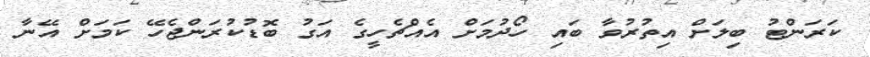
ކަރަންޓު ބިލަށް އިތުރުވާ ބައި ހޯދުމަށް އެއްޗެހީގެ އަގު ބޮޑުކުރަންޖެހޭ ކަމަށް އޭނާ